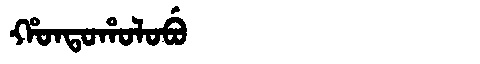
Manchu: ᡥᠣᠨᡨᠣᡥᠣᠯᠣᠪᡠ
Romanization: HONTOHOLOBU